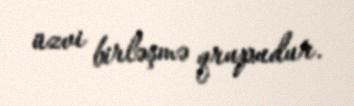
üzvi birləşmə qrupudur.